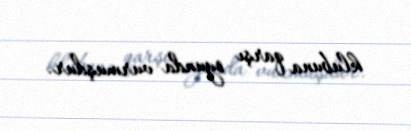
klubuna qarşı oyunda vurmuşdur.